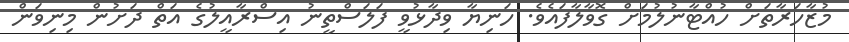
މުޒާހަރާތަށް ހުއްޓާނުލުމަށް ގޮވާލާފައެވެ. ހަނިޔާ ވިދާޅުވީ ފަލަސްތީނު އިސްރާއީލުގެ އަތް ދަށުން މިނިވަން